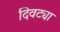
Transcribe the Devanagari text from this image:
दिवट्या